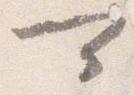
可